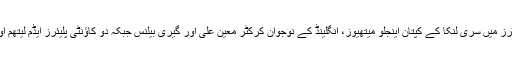
سال کے پانچ بہترین کرکٹرز میں سری لنکا کے کپتان اینجلو میتھیوز، انگلینڈ کے نوجوان کرکٹر معین علی اور گیری بیلنس جبکہ دو کاؤنٹی پلیئرز ایڈم لیتھم اور جیتن پٹیل کو دیے گئے۔